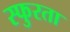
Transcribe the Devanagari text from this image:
स्फुरता